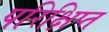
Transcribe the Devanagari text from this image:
परिक्षिप्त